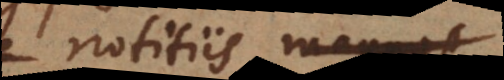
notitiis magnis